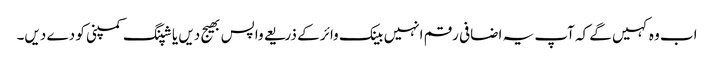
اب وہ کہیں گے کہ آپ یہ اضافی رقم انہیں بینک وائر کے ذریعے واپس بھیج دیں یا شپنگ کمپنی کو دے دیں۔